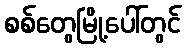
စစ်တွေမြို့ပေါ်တွင်